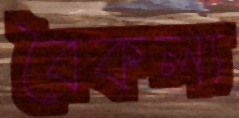
বৈকল্য